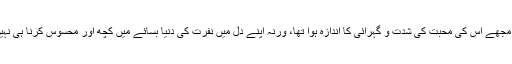
آج پہلی دفعہ مجھے اس کی محبت کی شدت و گہرائی کا اندازہ ہوا تھا، ورنہ اپنے دل میں نفرت کی دنیا بسائے میں کچھ اور محسوس کرنا ہی نہیں چاہتی تھی۔